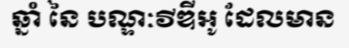
ឆ្នាំ នៃ បណ្ទៈវីឌីអូ ដែលមាន